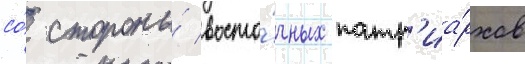
со́ стороны́ восто́чных патр'иа́рхов